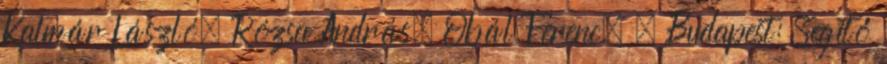
Kalmár László, Rózsa András, Obál Ferenc. – Budapest: Segítő